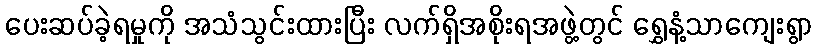
ပေးဆပ်ခဲ့ရမှုကို အသံသွင်းထားပြီး လက်ရှိအစိုးရအဖွဲ့တွင် ရွှေနံ့သာကျေးရွာ